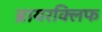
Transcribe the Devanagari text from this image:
ब्रायरक्लिफ